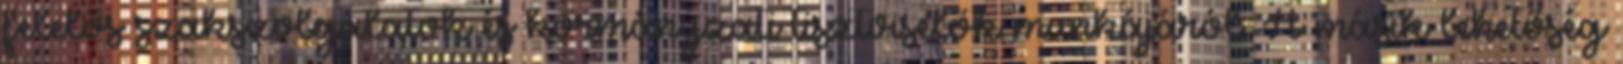
felelős szakszolgálatok és kormányzati tisztviselők munkájáról. A másik lehetőség